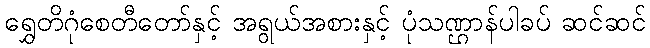
ရွှေတိဂုံစေတီတော်နှင့် အရွယ်အစားနှင့် ပုံသဏ္ဌာန်ပါခပ် ဆင်ဆင်